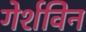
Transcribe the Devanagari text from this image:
गेर्शविन